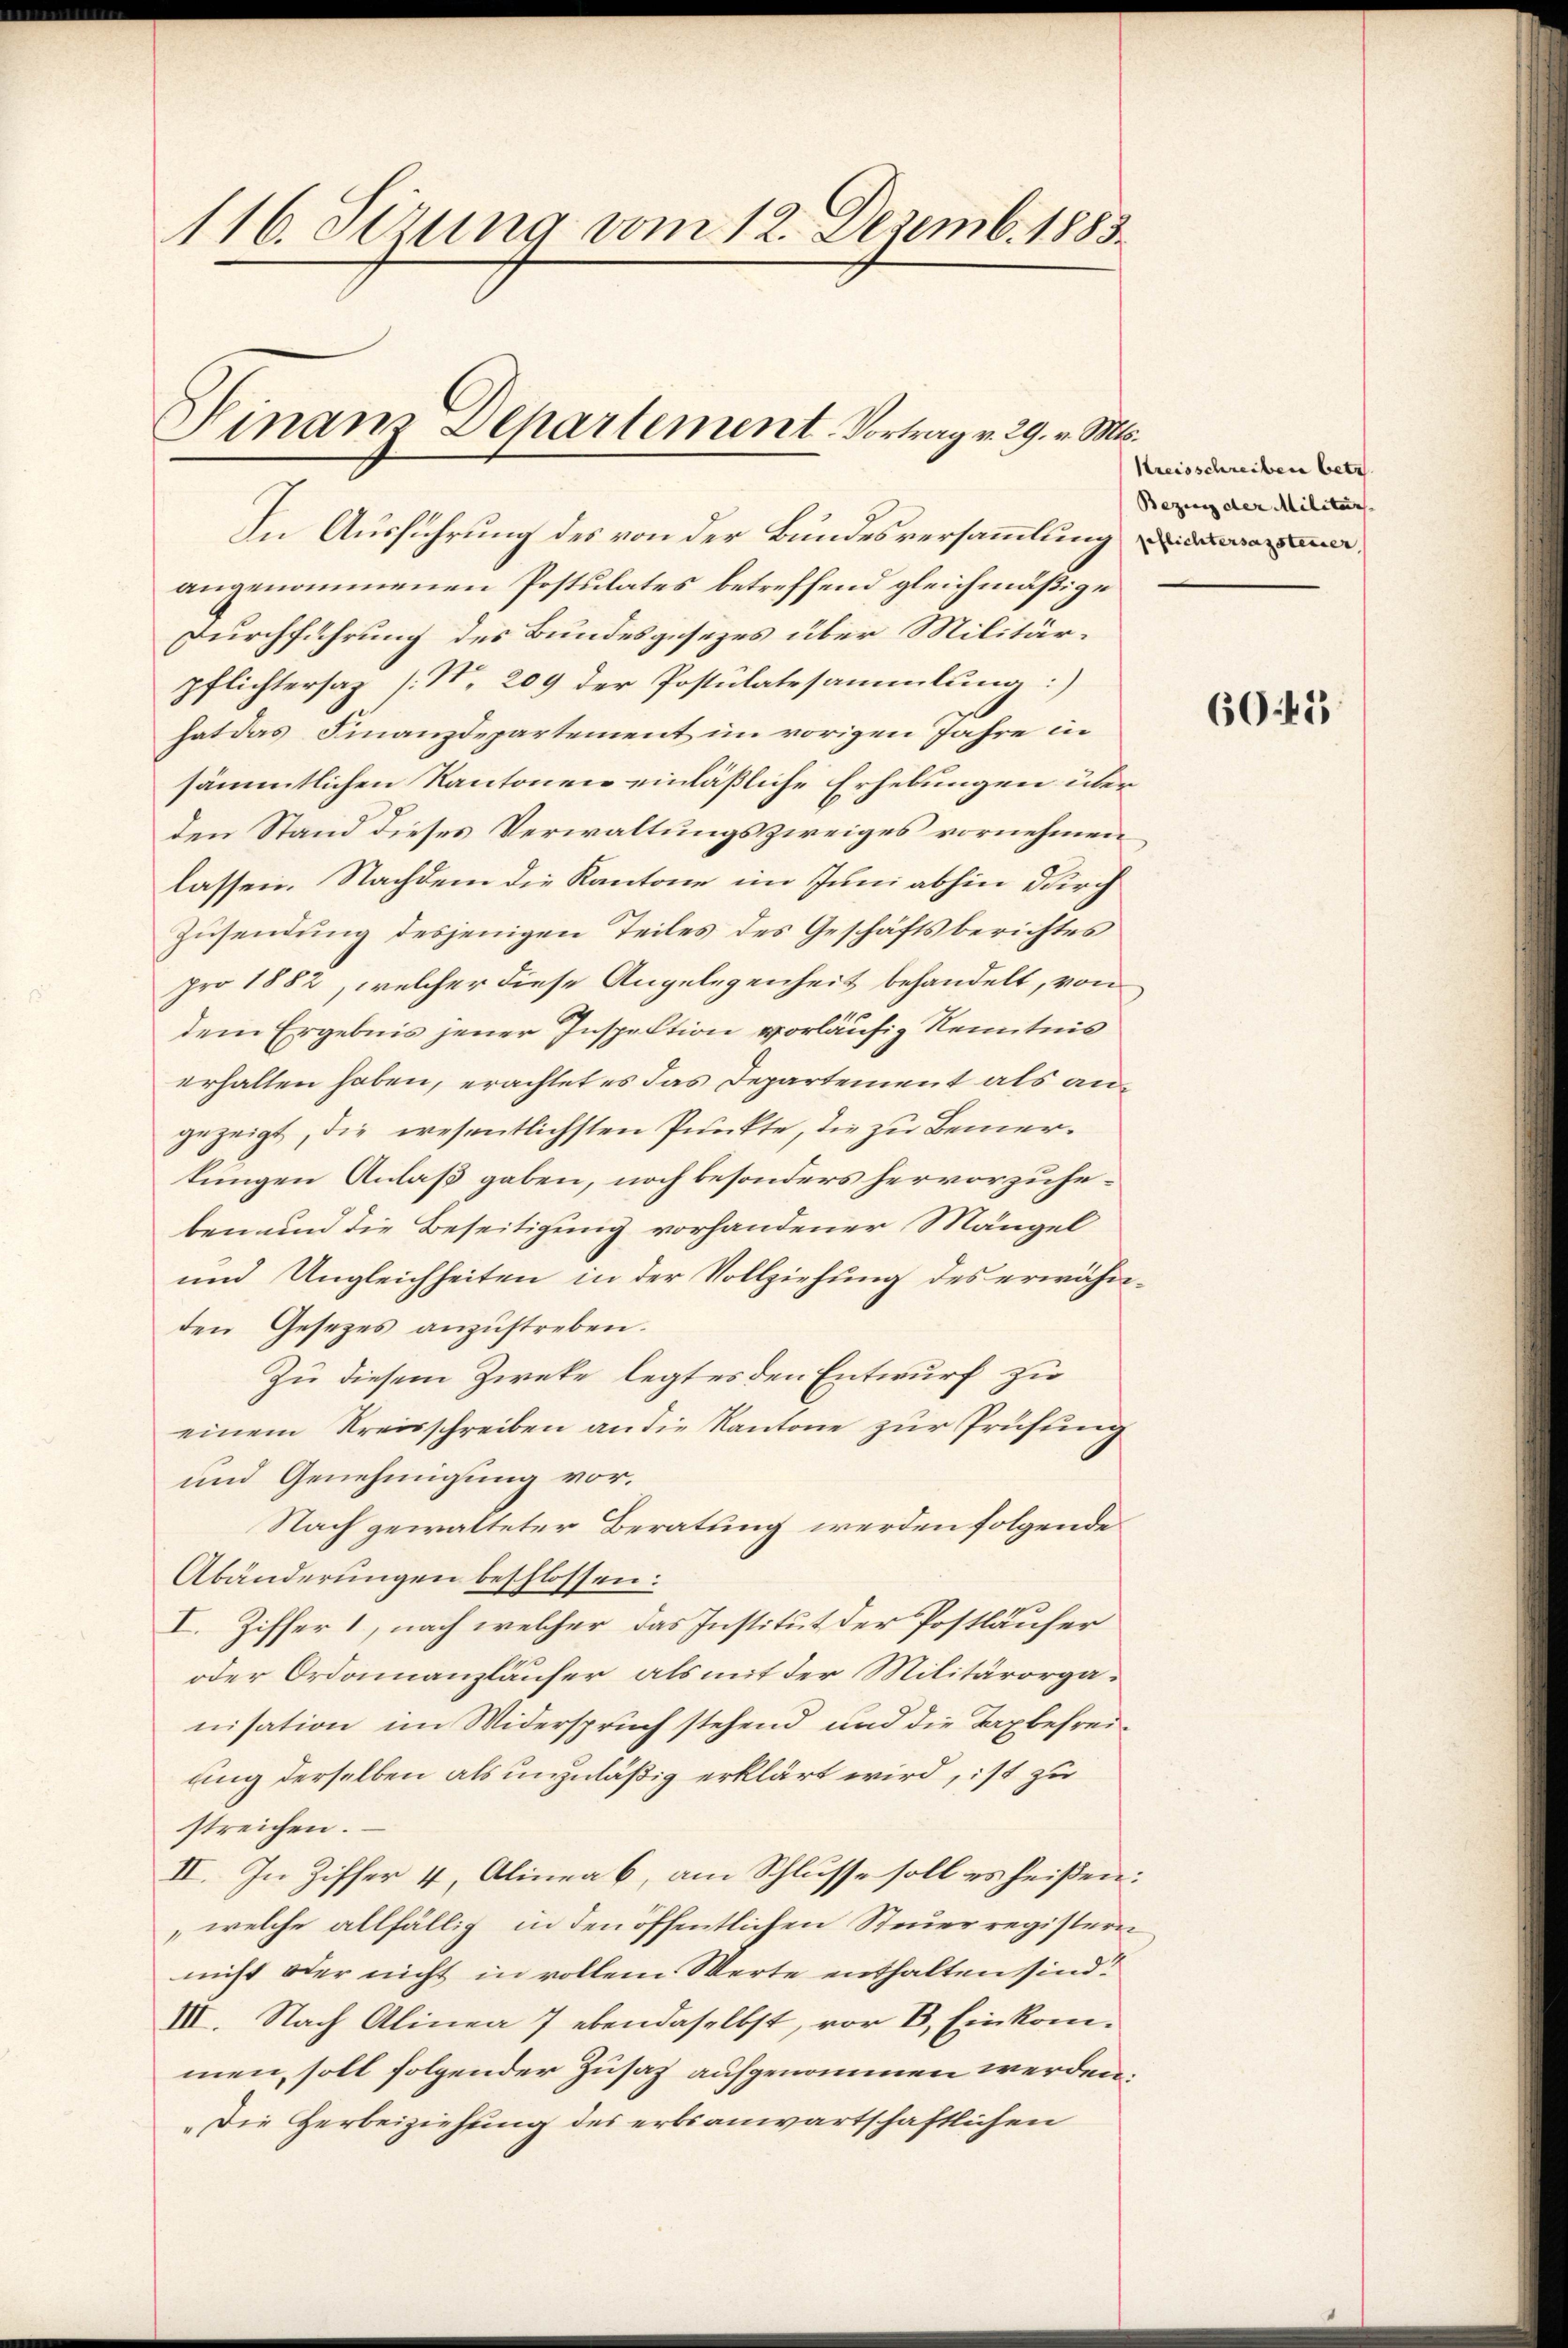
116. Sezung vom 12. Dezemb. 1883.

Pinam Departement. Vortrag v. 29. v. S

In Ausführung des von der Bundesversammlung
angenommenen Postulates betreffend gleichmäßige
Durchführung des Bundesgesezes über Militärpflichtersaz [N. 209 der Postulatesammlung:
hat das Finanzdepartement im vorigen Jahre in
sämmtlichen Kantonen einläßliche Erhebungen überden Stand dieses Verwaltungszweiges vornehmen
lassen. Nachdem die Kantone im Juni abhin durch
Zusendung desjenigen Teiles des Geschäftsberichtes
pro 1882, welcher diese Angelegenheit behandelt, von
dem Ergebnis jener Inspektion vorläufig Kenntnis
erhalten haben, erachtet es das Departement als angezeigt, die wesentlichsten Punkte, die zu Bemerkungen Anlaß gaben, noch besonders hervorzuheben und die Beseitigung vorhandener Mängel
und Ungleichheiten in der Vollziehung des erwähnden Gesezes anzustreben.
Zu diesem Zweke legtes den Entwurf zu
einem Kreisschreiben an die Kantone zur Prüfung
und Genehmigung vor.
Nach gewalteter Beratung werden folgende
Abänderungen beschlossen:
I. Ziffer 1, nach welcher das Institut der Postläufer
oder Ordonnanzläufer als mit der Militärorganisation im Widerspruch stehend und die Taxbefreiung derselben als unzuläßig erklärt wird, ist zu
streichen.
II. In Ziffer 4, Alinea 6, am Schlusse soll es heißen:
welche allfällig in den öffentlichen Steuerregistern
nicht oder nicht in vollem Werte enthalten sind?
III. Nach Alinea 7 ebendaselbst, vor B, Einkommen soll folgender Zusatz aufgenommen werden.
„Die Herbeiziehung des erbsanwartschaftlichen

.
Kreisschreiben betr
Bezug der Militär

6045